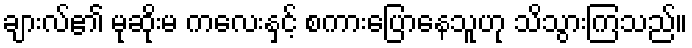
ချားလ်၏ မုဆိုးမ ကလေးနှင့် စကားပြောနေသူဟု သိသွားကြသည်။